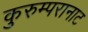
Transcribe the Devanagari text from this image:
कुरुम्परानाट